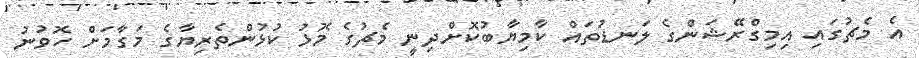
އެ މެޗުގައި އިމިގްރޭޝަންގެ ލަނޑުތައް ކާމިޔާބުކޮށްދިނީ މެޗުގެ މޮޅު ކުޅުންތެރިޔާގެ މަގާމަށް ހޮވުނު